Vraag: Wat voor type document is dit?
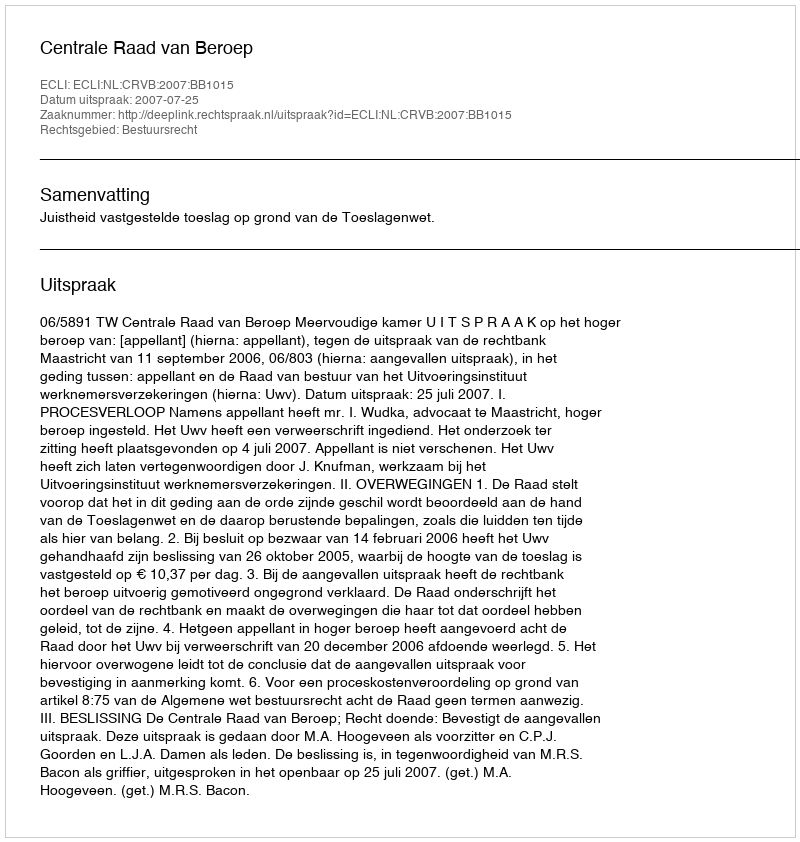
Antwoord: Uitspraak